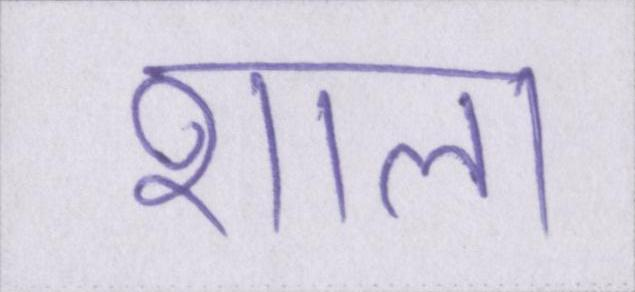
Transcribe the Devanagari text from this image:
शाला